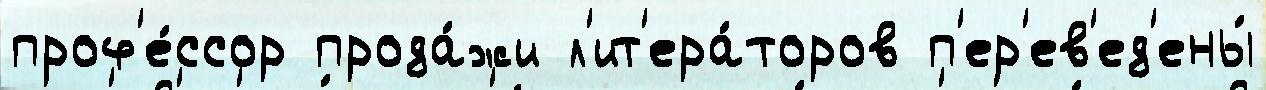
проф'е́ссор прода́жи л'ит'ера́торов п'ер'ев'ед'ены́